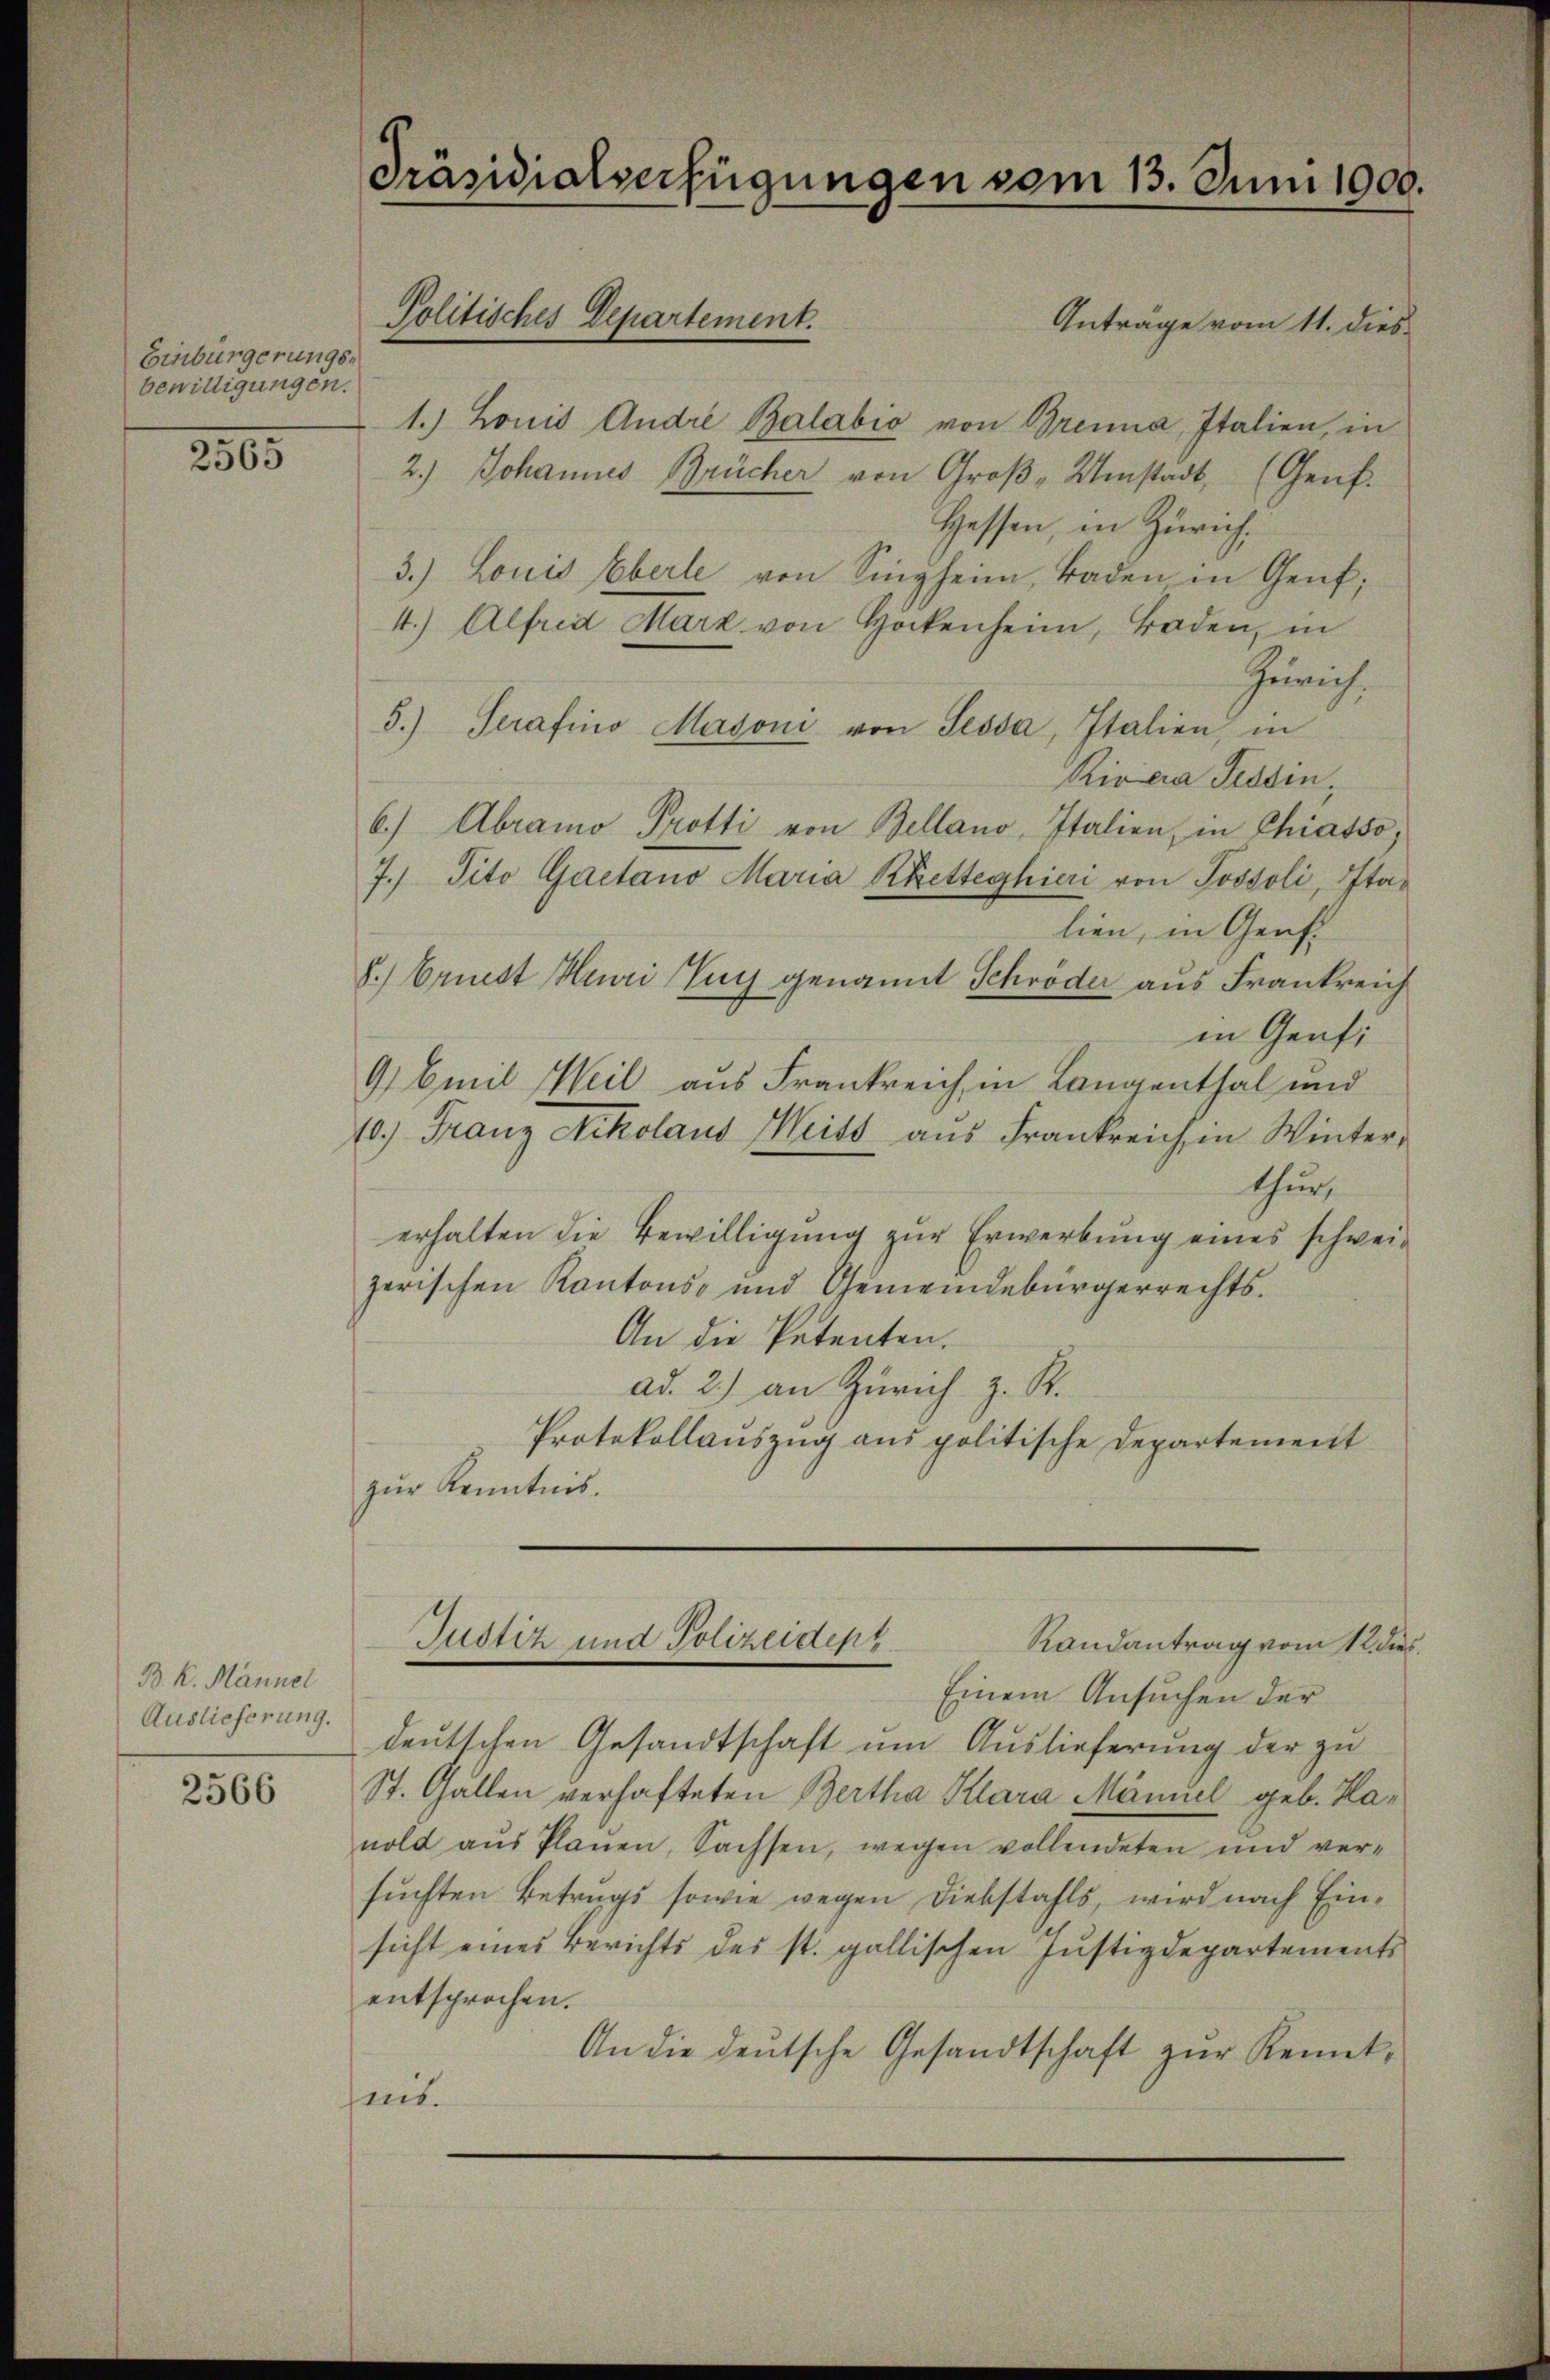
Einbürgerungsbewilligungen.

2305

B. K. Mannel
Auslieferung.

2566

Anträge vom 11. dies
1.) Louis Andre Balabio von Brenna, Italien, in
2.) Johannes Brücher von Groß- Umstadt, (Genf.
Hessen, in Zürich,
3.) Louis Eberle von Singheim, Baden, in Genf;
4.) Alfred Marz von Hockenheim, Baden, in
Zürich.
5.) Serafino Masoni von Sessa, Italien, in
Rivcia Tessin,
6.) Abramo Protti von Bellano, Italien, in Chiasso,
7. Tito Gaetano Maria Kletteghieri von Jossoli, Italien, in Genf
8.) Ernst Heuri Euch genannt Schröder aus Frankreich
in Genti
9 Emil Weil aus Frankreich in Langenthal und
10.) Franz Nikolaus Weiss aus Frankreich in Winter,
thur,
erhalten die Bewilligung zur Erwerbung eines schweizerischen Kantons und Gemeindebürgerrechts-
An die Petenten.
ad. 2.) an Zürich z. R.
Protokollauszug aus politische Departement
zŭr Kenntnis.
Justiz und Polizeidep
Randantrag vom 12 dies
Einem Ansuchen der
deutschen Gesandtschaft um Auslieferung der zu
St. Gallen verhafteten Bertha Klara Maniel geb. Hanold aŭs Planen, Sachsen, wegen vollendeten und ver-
suchten Betrags sowie wegen Diebstahls, wird nach Einsicht eines Berichts des st. gallischen Justizdepartements
entsprochen.
An die deutsche Gesandtschaft zŭr Kennt-
ses.

Präsidialverfügungen vom 13. Juni 1900.

Politisches Departement.